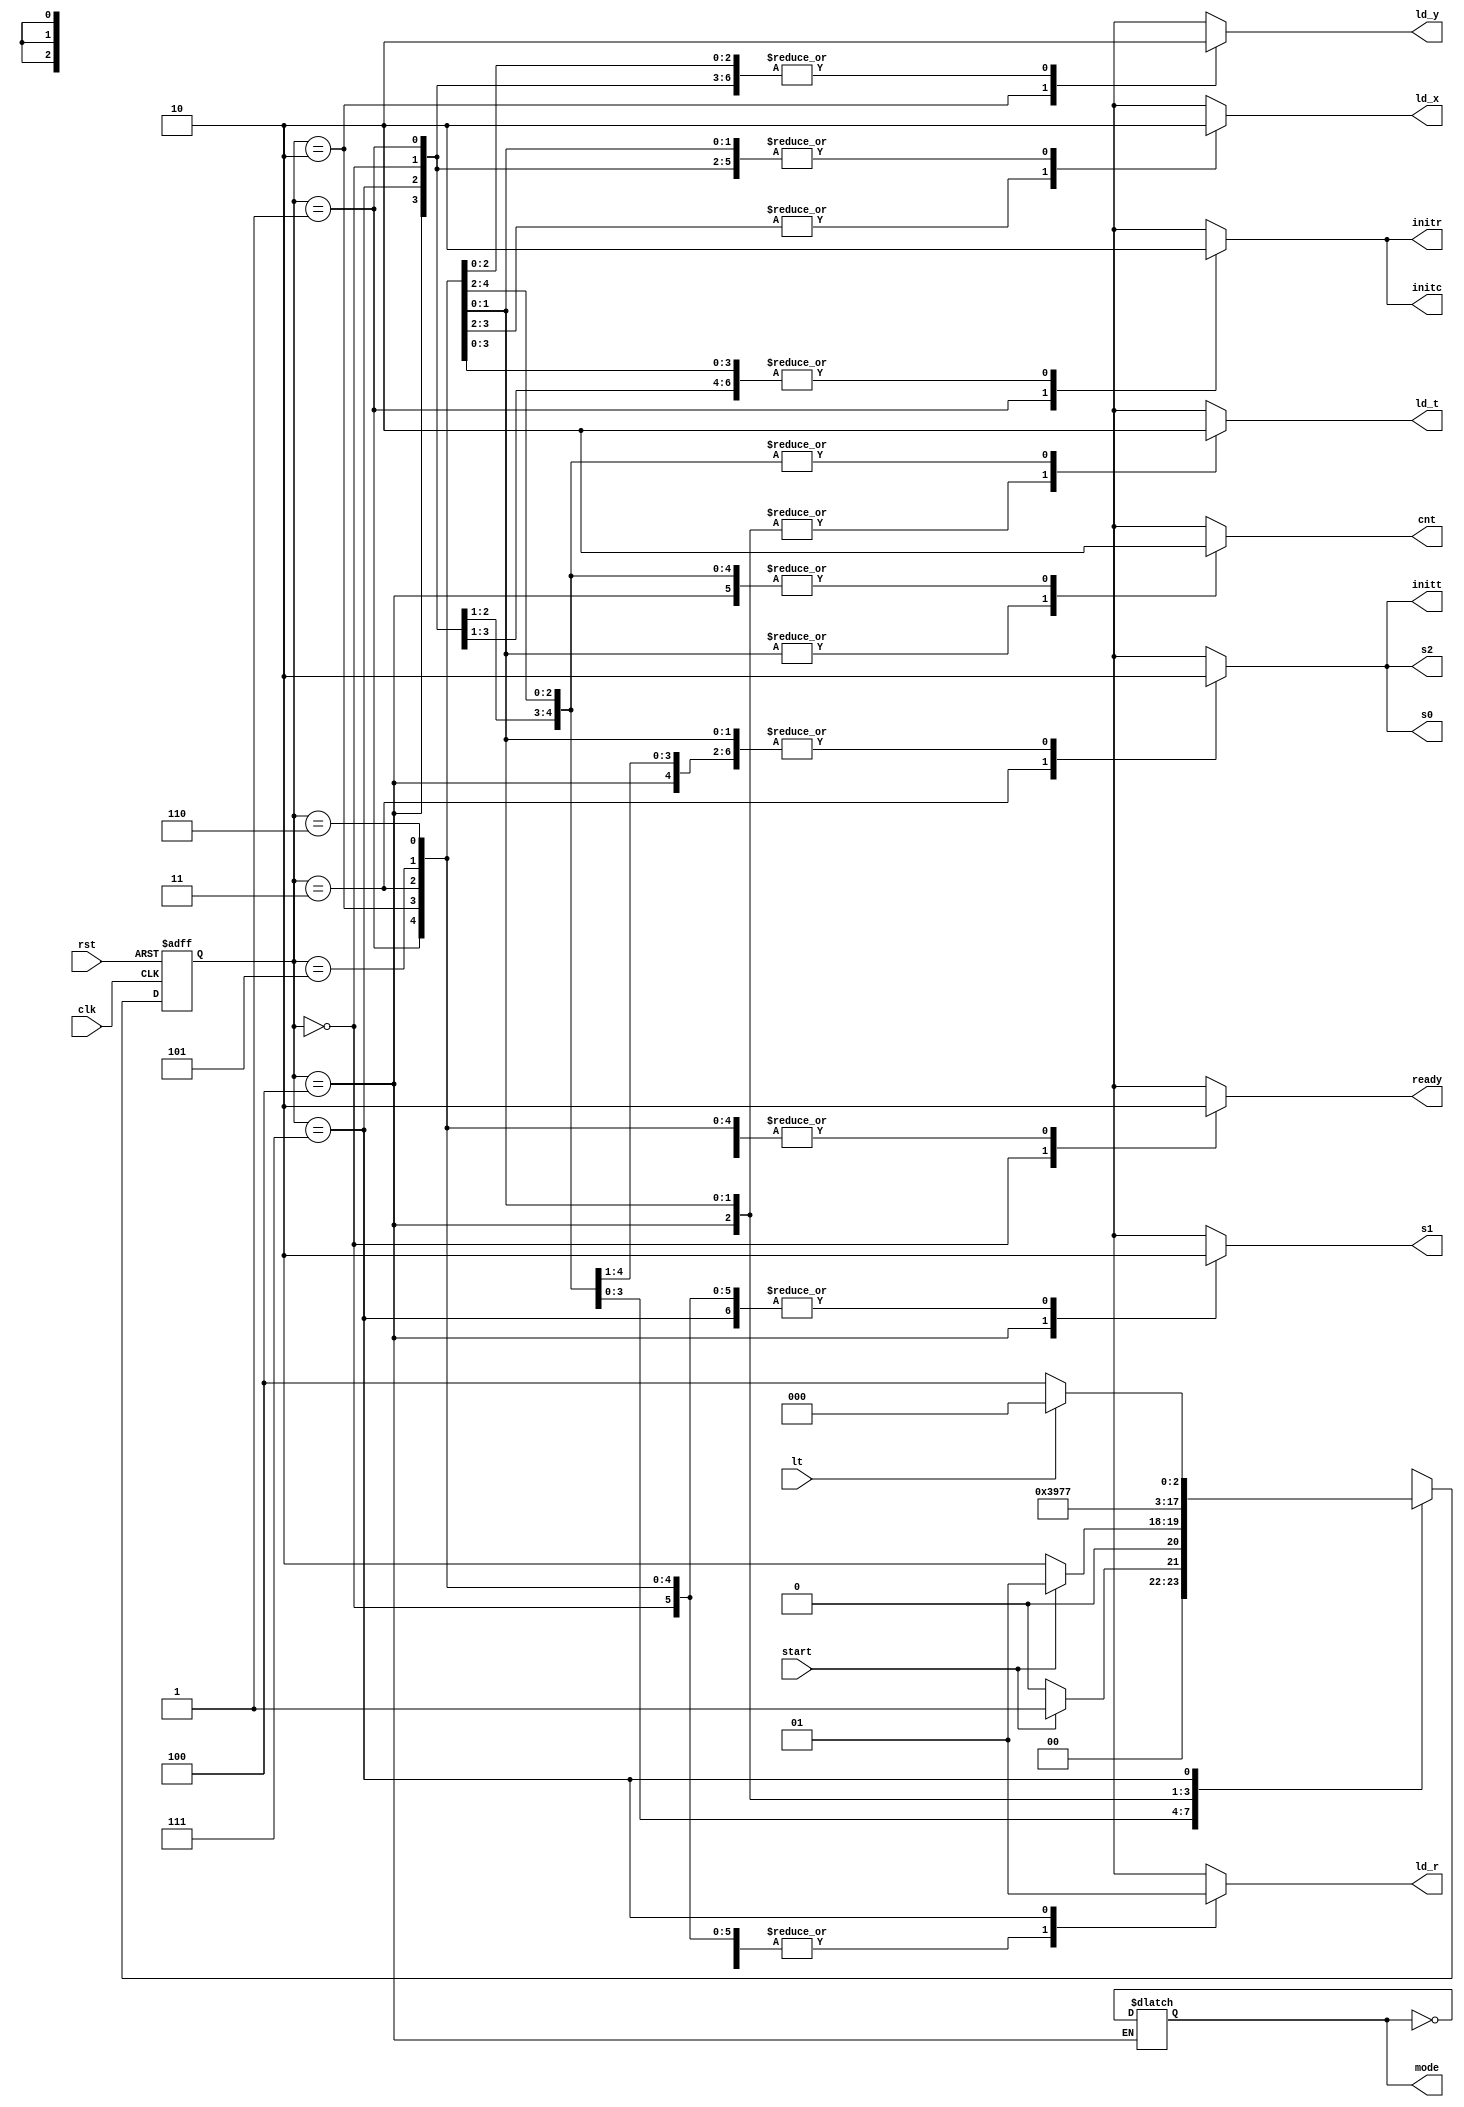
module controller (input clk , rst , start , lt ,
output reg  initt , initr , initc , ready , ld_x , ld_y , ld_r , ld_t , cnt , s2 , s1 , s0 , output mode);

    reg [2:0] ps , ns;
    reg tmode = 1;

    parameter [2:0] Idle = 0 , Init = 1 , Bgin = 2 , Mul0 = 3 , Mul1 = 4 ,
    Mul2 = 5 , Mul3 = 6 , Add = 7;

    always @(ps, start , lt) begin
        {initt , initr , initc , ready , ld_x , ld_y , ld_r , ld_t , cnt , s2 , s1 , s0} = 12'b0;
        ns = 0;
        case(ps)
            Idle : begin ns = (start) ? Init:Idle ; ready = 1; end
            Init : begin  ns = (start) ? Init:Bgin ;  initc = 1 ; initr = 1; end
            Bgin : begin ns = Mul0 ; ld_x = 1 ; ld_y = 1 ; end
            Mul0 : begin ns = Mul1 ; ld_x = 1 ; s0 = 1 ; s2 = 1; initt = 1 ; end
            Mul1 : begin ns = Mul2 ; ld_t = 1 ; s1 = 1 ; tmode <= ~tmode ; end
            Mul2 : begin ns = Mul3 ; ld_t = 1 ; s1 = 0 ; cnt = 1 ;end
            Mul3 : begin ns = Add ; ld_t = 1 ; s1 = 0 ; cnt = 1; end
            Add : begin ns = (lt) ? Idle:Mul1 ; ld_r = 1 ; end
            default : ns = Idle;
        endcase     
end

    assign mode = tmode;

    always@(posedge clk ,posedge rst) begin
        if(rst) ps <= 0;
        else ps <= ns;
    end
    
endmodule